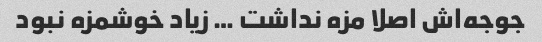
جوجه‌اش اصلا مزه نداشت … زیاد خوشمزه نبود